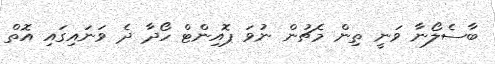
ބާސެލޯނާ ވަނީ ތިން މެޗުން ނުވަ ޕޮއިންޓް ހޯދާ ދެ ވަނައިގައި އޮތް